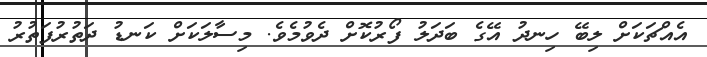
އެއްޗަކަށް ލިބޭ ހިނދު އޭގެ ބަދަލު ފޯރުކޮށް ދެވުމެވެ. މިސާލަކަށް ކަނޑު ދަތުރުފަތުރު